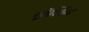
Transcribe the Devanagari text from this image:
ट्रॉलिंग